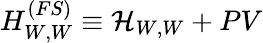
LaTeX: H_{W,W}^{(FS)}\equiv{\cal H}_{W,W}+PV